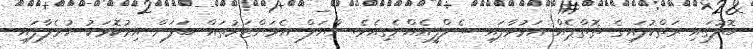
ބޮލުގައި ރަތްކުލައިގެ ތޮތްޕެއް އަޅުވާފައި ސެލްފީއެއްނެގިއެވެ. ނާޔަލް އެމަންޒަރުތައް ބަލަން އިރުކޮޅަކު ހުރެލާފައި